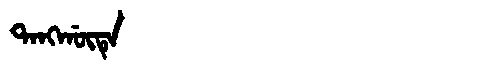
Manchu: ᡨᠠᠩᡤᡡᡨᡝ
Romanization: TANGGŪTE